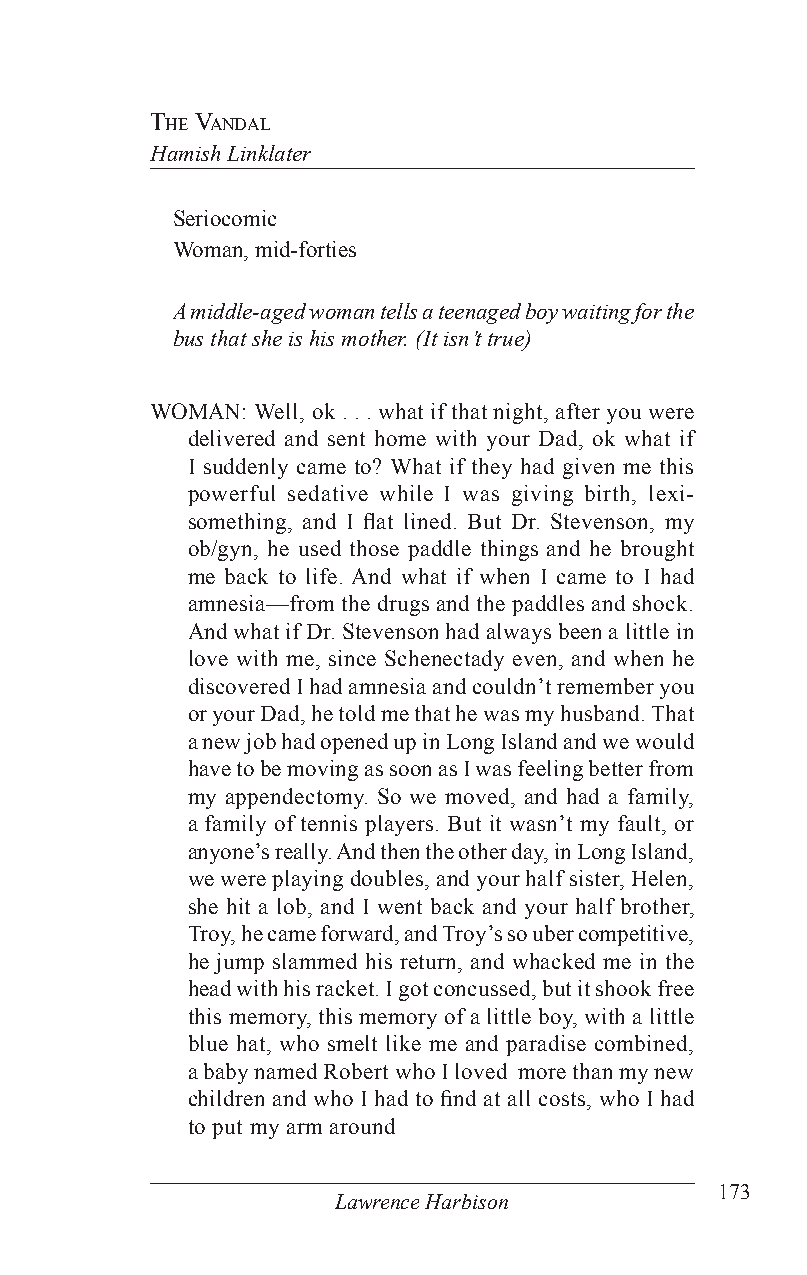
The vandal
 Hamish Linklater
 Seriocomic
 Woman, mid-forties
 A middle-aged woman tells a teenaged boy waiting for the
 bus that she is his mother. (It isn’t true)
 WOMAN: Well, ok . . . what if that night, after you were
 delivered and sent home with your Dad, ok what if
 I suddenly came to? What if they had given me this
 powerful sedative while I was giving birth, lexi-
 something, and I flat lined. But Dr. Stevenson, my
 ob/gyn, he used those paddle things and he brought
 me back to life. And what if when I came to I had
 amnesia—from the drugs and the paddles and shock.
 And what if Dr. Stevenson had always been a little in
 love with me, since Schenectady even, and when he
 discovered I had amnesia and couldn’t remember you
 or your Dad, he told me that he was my husband. That
 a new job had opened up in Long Island and we would
 have to be moving as soon as I was feeling better from
 my appendectomy. So we moved, and had a family,
 a family of tennis players. But it wasn’t my fault, or
 anyone’s really. And then the other day, in Long Island,
 we were playing doubles, and your half sister, Helen,
 she hit a lob, and I went back and your half brother,
 Troy, he came forward, and Troy’s so uber competitive,
 he jump slammed his return, and whacked me in the
 head with his racket. I got concussed, but it shook free
 this memory, this memory of a little boy, with a little
 blue hat, who smelt like me and paradise combined,
 a baby named Robert who I loved more than my new
 children and who I had to find at all costs, who I had
 to put my arm around
 173
 Lawrence Harbison